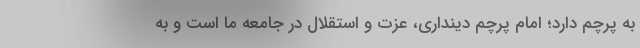
به پرچم دارد؛ امام پرچم دینداری، عزت و استقلال در جامعه ما است و به